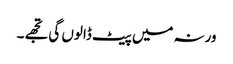
ورنہ میں پیٹ ڈالوں گی تجھے۔